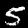
Label: 5